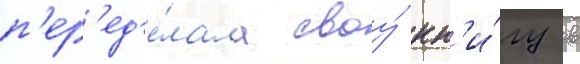
п'ер'ед'е́лала своу́ кн'и́гу в